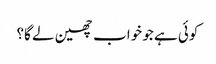
کوئی ہے جو خواب چھین لے گا؟